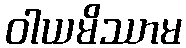
ဝါယမိဿာမ